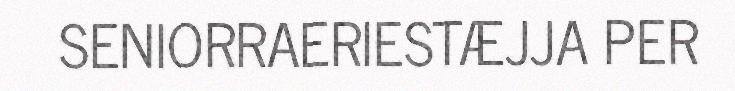
SENIORRAERIESTÆJJA PER